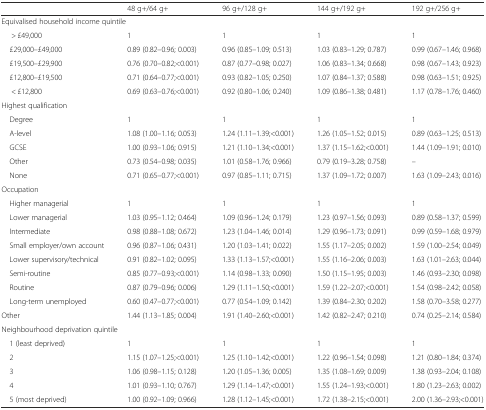
<table><thead><tr><td></td><td><b>48 g+/64 g+</b></td><td><b>96 g+/128 g+</b></td><td><b>144 g+/192 g+</b></td><td><b>192 g+/256 g+</b></td></tr></thead><tbody><tr><td colspan="5">Equivalised household income quintile</td></tr><tr><td>&gt; £49,000</td><td>1</td><td>1</td><td>1</td><td>1</td></tr><tr><td> £29,000–£49,000</td><td>0.89 (0.82–0.96; 0.003)</td><td>0.96 (0.85–1.09; 0.513)</td><td>1.03 (0.83–1.29; 0.787)</td><td>0.99 (0.67–1.46; 0.968)</td></tr><tr><td> £19,500–£29,900</td><td>0.76 (0.70–0.82;&lt;0.001)</td><td>0.87 (0.77–0.98; 0.027)</td><td>1.06 (0.83–1.34; 0.668)</td><td>0.98 (0.67–1.43; 0.923)</td></tr><tr><td> £12,800–£19,500</td><td>0.71 (0.64–0.77;&lt;0.001)</td><td>0.93 (0.82–1.05; 0.250)</td><td>1.07 (0.84–1.37; 0.588)</td><td>0.98 (0.63–1.51; 0.925)</td></tr><tr><td>&lt; £12,800</td><td>0.69 (0.63–0.76;&lt;0.001)</td><td>0.92 (0.80–1.06; 0.240)</td><td>1.09 (0.86–1.38; 0.481)</td><td>1.17 (0.78–1.76; 0.460)</td></tr><tr><td colspan="5">Highest qualification</td></tr><tr><td> Degree</td><td>1</td><td>1</td><td>1</td><td>1</td></tr><tr><td> A-level</td><td>1.08 (1.00–1.16; 0.053)</td><td>1.24 (1.11–1.39;&lt;0.001)</td><td>1.26 (1.05–1.52; 0.015)</td><td>0.89 (0.63–1.25; 0.513)</td></tr><tr><td> GCSE</td><td>1.00 (0.93–1.06; 0.915)</td><td>1.21 (1.10–1.34;&lt;0.001)</td><td>1.37 (1.15–1.62;&lt;0.001)</td><td>1.44 (1.09–1.91; 0.010)</td></tr><tr><td> Other</td><td>0.73 (0.54–0.98; 0.035)</td><td>1.01 (0.58–1.76; 0.966)</td><td>0.79 (0.19–3.28; 0.758)</td><td>–</td></tr><tr><td> None</td><td>0.71 (0.65–0.77;&lt;0.001)</td><td>0.97 (0.85–1.11; 0.715)</td><td>1.37 (1.09–1.72; 0.007)</td><td>1.63 (1.09–2.43; 0.016)</td></tr><tr><td colspan="5">Occupation</td></tr><tr><td> Higher managerial</td><td>1</td><td>1</td><td>1</td><td>1</td></tr><tr><td> Lower managerial</td><td>1.03 (0.95–1.12; 0.464)</td><td>1.09 (0.96–1.24; 0.179)</td><td>1.23 (0.97–1.56; 0.093)</td><td>0.89 (0.58–1.37; 0.599)</td></tr><tr><td> Intermediate</td><td>0.98 (0.88–1.08; 0.672)</td><td>1.23 (1.04–1.46; 0.014)</td><td>1.29 (0.96–1.73; 0.091)</td><td>0.99 (0.59–1.68; 0.979)</td></tr><tr><td> Small employer/own account</td><td>0.96 (0.87–1.06; 0.431)</td><td>1.20 (1.03–1.41; 0.022)</td><td>1.55 (1.17–2.05; 0.002)</td><td>1.59 (1.00–2.54; 0.049)</td></tr><tr><td> Lower supervisory/technical</td><td>0.91 (0.82–1.02; 0.095)</td><td>1.33 (1.13–1.57;&lt;0.001)</td><td>1.55 (1.16–2.06; 0.003)</td><td>1.63 (1.01–2.63; 0.044)</td></tr><tr><td> Semi-routine</td><td>0.85 (0.77–0.93;&lt;0.001)</td><td>1.14 (0.98–1.33; 0.090)</td><td>1.50 (1.15–1.95; 0.003)</td><td>1.46 (0.93–2.30; 0.098)</td></tr><tr><td> Routine</td><td>0.87 (0.79–0.96; 0.006)</td><td>1.29 (1.11–1.50;&lt;0.001)</td><td>1.59 (1.22–2.07;&lt;0.001)</td><td>1.54 (0.98–2.42; 0.058)</td></tr><tr><td> Long-term unemployed</td><td>0.60 (0.47–0.77;&lt;0.001)</td><td>0.77 (0.54–1.09; 0.142)</td><td>1.39 (0.84–2.30; 0.202)</td><td>1.58 (0.70–3.58; 0.277)</td></tr><tr><td>Other</td><td>1.44 (1.13–1.85; 0.004)</td><td>1.91 (1.40–2.60;&lt;0.001)</td><td>1.42 (0.82–2.47; 0.210)</td><td>0.74 (0.25–2.14; 0.584)</td></tr><tr><td colspan="5">Neighbourhood deprivation quintile</td></tr><tr><td> 1 (least deprived)</td><td>1</td><td>1</td><td>1</td><td>1</td></tr><tr><td> 2</td><td>1.15 (1.07–1.25;&lt;0.001)</td><td>1.25 (1.10–1.42;&lt;0.001)</td><td>1.22 (0.96–1.54; 0.098)</td><td>1.21 (0.80–1.84; 0.374)</td></tr><tr><td> 3</td><td>1.06 (0.98–1.15; 0.128)</td><td>1.20 (1.05–1.36; 0.005)</td><td>1.35 (1.08–1.69; 0.009)</td><td>1.38 (0.93–2.04; 0.108)</td></tr><tr><td> 4</td><td>1.01 (0.93–1.10; 0.767)</td><td>1.29 (1.14–1.47;&lt;0.001)</td><td>1.55 (1.24–1.93;&lt;0.001)</td><td>1.80 (1.23–2.63; 0.002)</td></tr><tr><td> 5 (most deprived)</td><td>1.00 (0.92–1.09; 0.966)</td><td>1.28 (1.12–1.45;&lt;0.001)</td><td>1.72 (1.38–2.15;&lt;0.001)</td><td>2.00 (1.36–2.93;&lt;0.001)</td></tr></tbody></table>